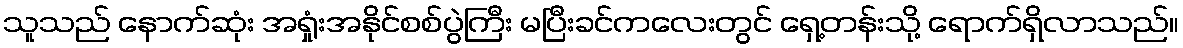
သူသည် နောက်ဆုံး အရှုံးအနိုင်စစ်ပွဲကြီး မပြီးခင်ကလေးတွင် ရှေ့တန်းသို့ ရောက်ရှိလာသည်။